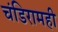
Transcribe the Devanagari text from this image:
चंडिरामही